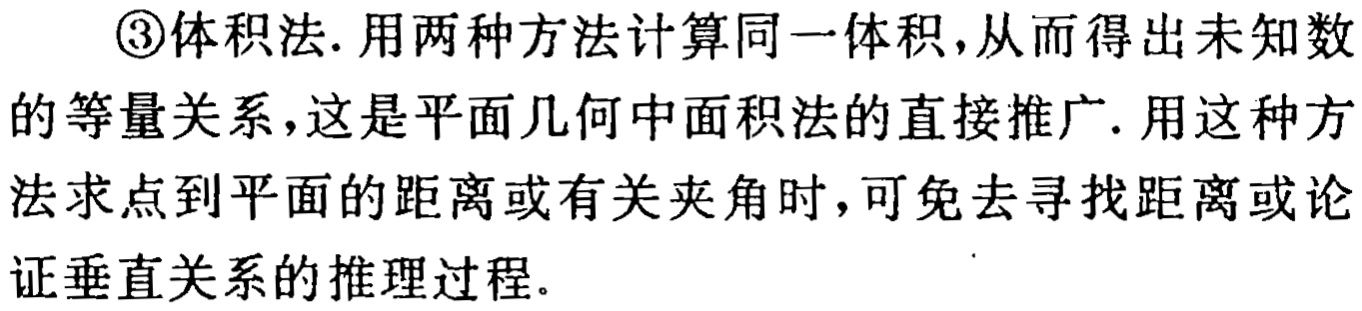
\textcircled{3}体积法. 用两种方法计算同一体积,从而得出未知数的等量关系,这是平面几何中面积法的直接推广. 用这种方法求点到平面的距离或有关夹角时,可免去寻找距离或论证垂直关系的推理过程.